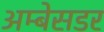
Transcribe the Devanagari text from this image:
अम्बेसडर